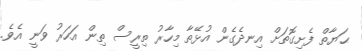
ޙަޔާތް ފެށިގޮތަށް އިނދެގެން އުޅޭތާ މިހާރު ތިރީސް ތިން އަހަރު ވަނީ އެވެ.